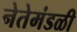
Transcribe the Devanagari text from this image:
नेतेमंडळी